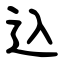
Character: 込